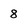
Character: 8